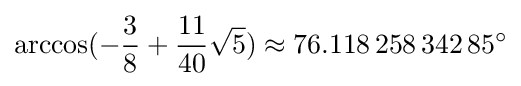
\arccos(-{\frac {3}{8}}+{\frac {11}{40}}{\sqrt {5}})\approx 76.118\,258\,342\,85^{\circ }